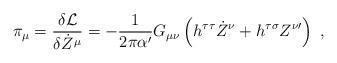
LaTeX: \begin{align*}\pi_\mu = \frac{\delta\mathcal{L}}{\delta \dot Z^\mu} = -\frac{1}{2\pi\alpha'}G_{\mu\nu} \left( h^{\tau\tau} \dot Z^\nu + h^{\tau\sigma} Z^{\nu\prime} \right) \ ,\end{align*}